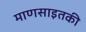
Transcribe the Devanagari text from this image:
माणसाइतकी